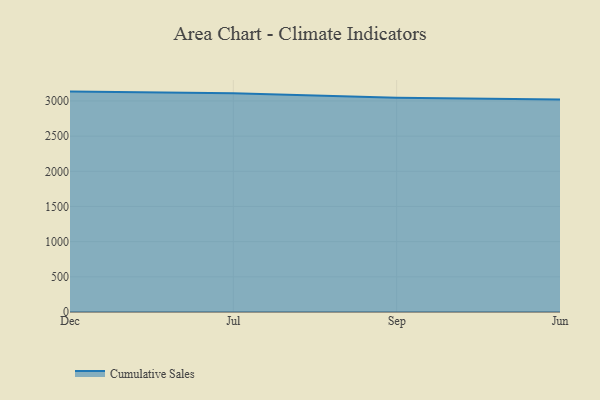
{"axis": {"x": "Month", "y": "Customer Acquisition Cost (USD)"}, "legend": ["Cumulative Sales"], "data": [{"x": "Dec", "y": 3133.0, "type": "Cumulative Sales"}, {"x": "Jul", "y": 3110.1, "type": "Cumulative Sales"}, {"x": "Sep", "y": 3046.4, "type": "Cumulative Sales"}, {"x": "Jun", "y": 3020.6, "type": "Cumulative Sales"}]}